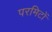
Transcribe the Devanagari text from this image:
परमिटों